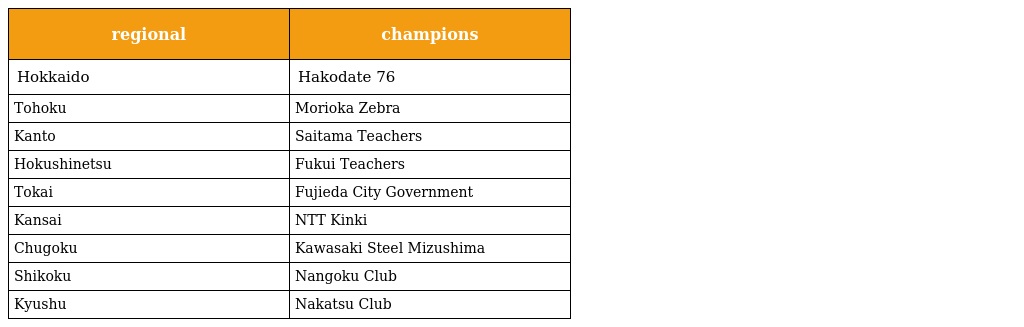
| regional | champions |
 | --- | --- |
 | Hokkaido | Hakodate 76 |
 | Tohoku | Morioka Zebra |
 | Kanto | Saitama Teachers |
 | Hokushinetsu | Fukui Teachers |
 | Tokai | Fujieda City Government |
 | Kansai | NTT Kinki |
 | Chugoku | Kawasaki Steel Mizushima |
 | Shikoku | Nangoku Club |
 | Kyushu | Nakatsu Club |